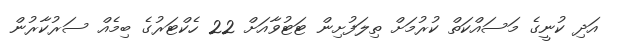
އަދި ކުނީގެ މަސައްކަތް ކުރުމަށް ތިލަފުށިން ޓަޓުވާއަށް 22 ހެކްޓަރުގެ ބިމެއް ސަރުކާރުން